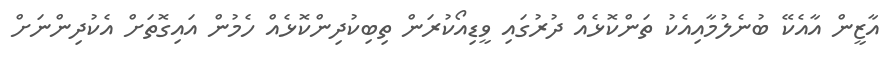
އާޒީން އާއެކޭ ބުނެލުމާއިއެކު ތަންކޮޅެއް ދުރުގައި ވީޑިއޯކުރަން ތިބިކުދިންކޮޅެއް ހެމުން އައިގޮތަށް އެކުދިންނަށް